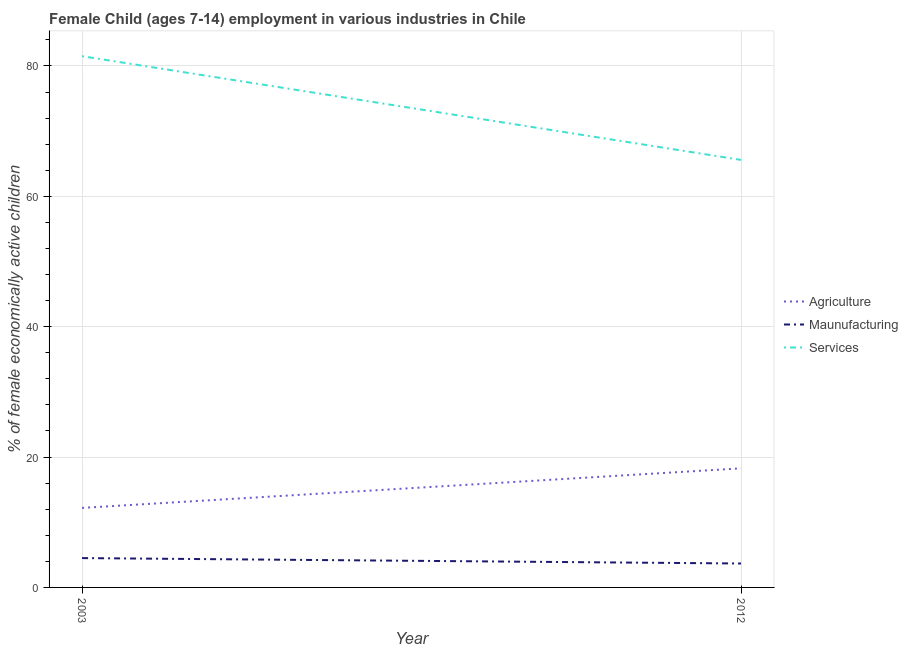
| Year | Agriculture | Maunufacturing | Services |
 | --- | --- | --- | --- |
 | 2003 | 12.2 | 4.5 | 81.5 |
 | 2012 | 18.3 | 3.67 | 65.6 |